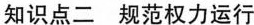
知识点二 规范权力运行